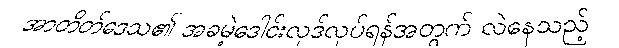
အာတိတ်ဒေသ၏ အခမဲ့ဒေါင်းလုဒ်လုပ်ရန်အတွက် လဲနေသည့်